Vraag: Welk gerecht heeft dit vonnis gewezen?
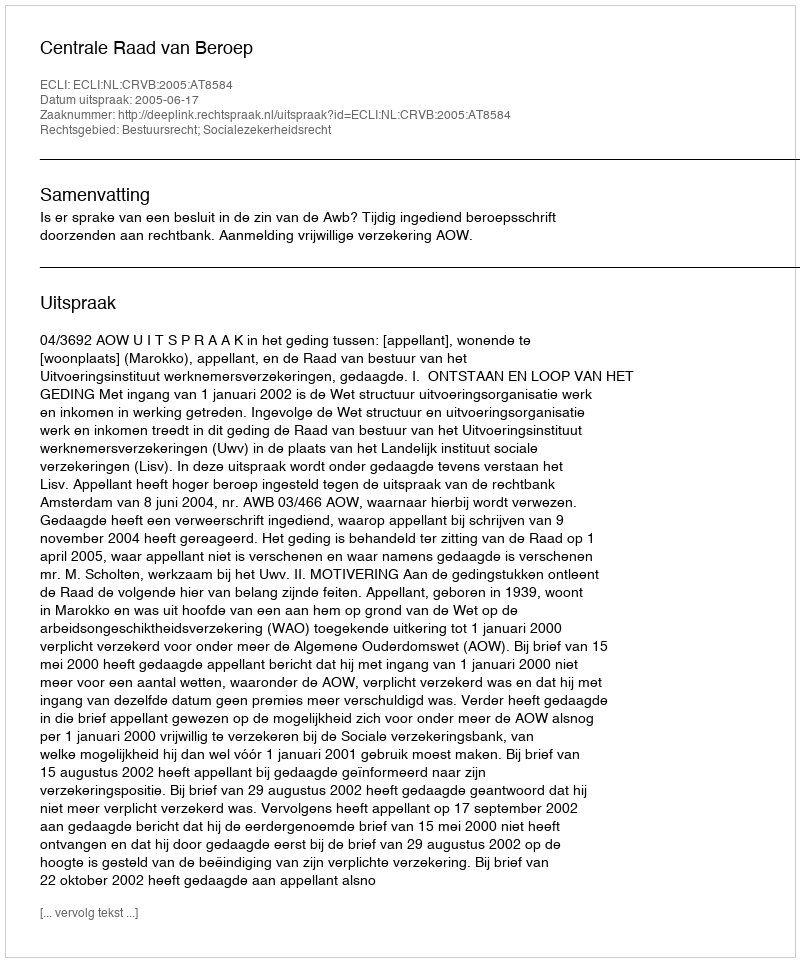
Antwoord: Centrale Raad van Beroep